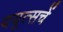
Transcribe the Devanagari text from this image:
दयूत्सचें